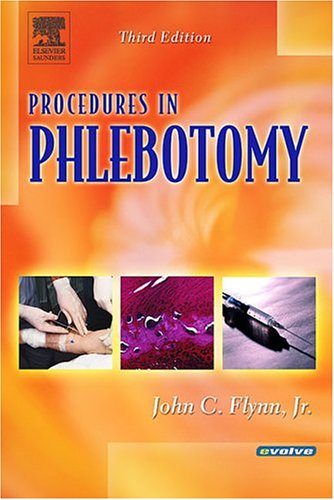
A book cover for Procedures in Phlebotomy; John C. Flynn; Medical Books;